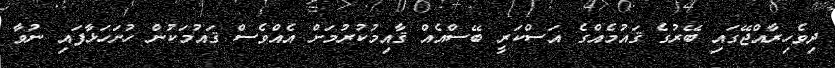
ދިވެހިރާއްޖޭގައި ބޭރުގެ ޤައުމެއްގެ އަސްކަރީ ބޭސްއެއް ޤާއިމުކުރުމަށް އެއްވެސް ޤައުމަކުން ހުށަހަޅާފައި ނުވާ